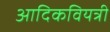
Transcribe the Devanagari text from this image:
आदिकवियत्री